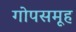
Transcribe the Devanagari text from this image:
गोपसमूह